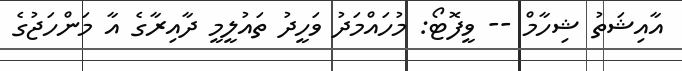
އާއިޝަތު ޝިހާމް -- ވީފޮޓޯ: މުހައްމަދު ވަހީދު ތައުލީމީ ދާއިރާގެ އާ މަންހަޖުގެ